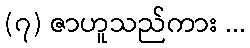
(၇) ဇာဟူသည်ကား ...